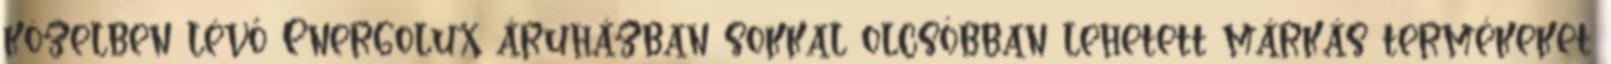
közelben lévő Energolux áruházban sokkal olcsóbban lehetett márkás termékeket